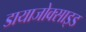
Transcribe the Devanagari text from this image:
डायाजोक्साइड